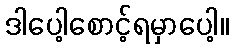
ဒါပေါ့စောင့်ရမှာပေါ့။